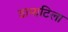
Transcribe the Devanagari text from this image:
डामाटिला